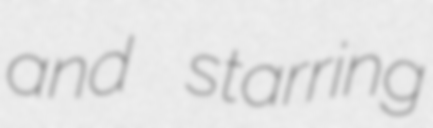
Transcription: and starring